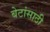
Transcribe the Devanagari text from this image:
बेटांसाठी